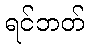
ရင်ဘတ်